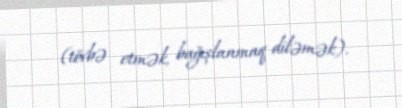
(tövbə etmək, bağışlanmaq diləmək).